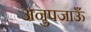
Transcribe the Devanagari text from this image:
अनुपजाऊँ